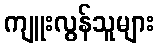
ကျူးလွန်သူများ